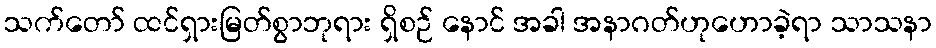
သက်တော် ထင်ရှားမြတ်စွာဘုရား ရှိစဉ် နောင် အခါ အနာဂတ်ဟုဟောခဲ့ရာ သာသနာ